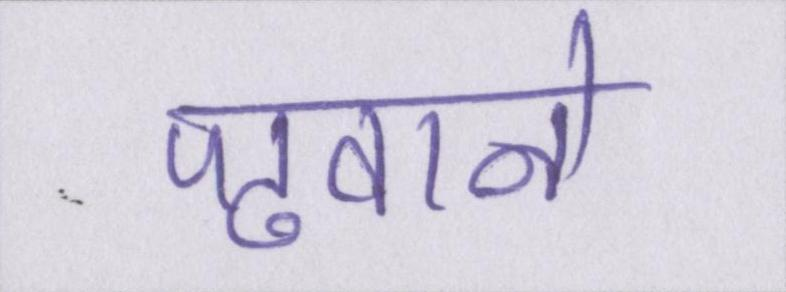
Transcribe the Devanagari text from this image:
पढवाने